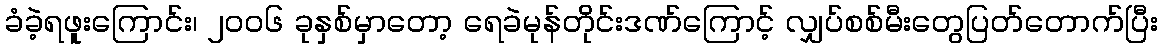
ခံခဲ့ရဖူးကြောင်း၊ ၂၀၀၆ ခုနှစ်မှာတော့ ရေခဲမုန်တိုင်းဒဏ်ကြောင့် လျှပ်စစ်မီးတွေပြတ်တောက်ပြီး